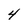
Character: 4